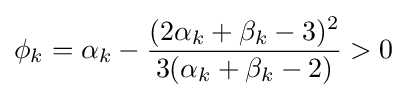
\phi _{k}=\alpha _{k}-{\frac {(2\alpha _{k}+\beta _{k}-3)^{2}}{3(\alpha _{k}+\beta _{k}-2)}}>0